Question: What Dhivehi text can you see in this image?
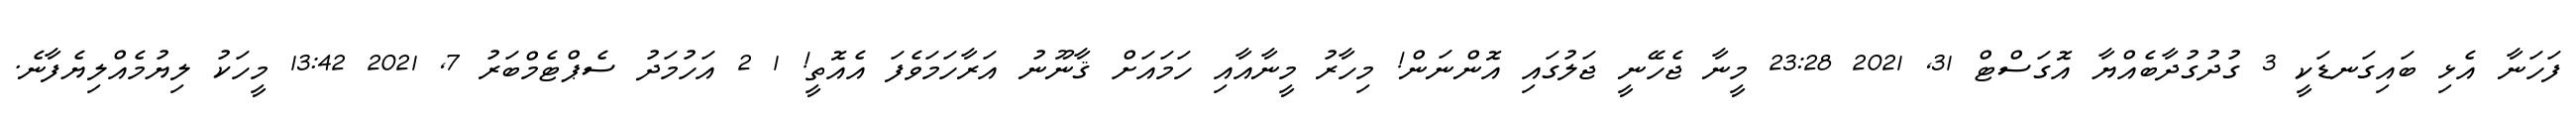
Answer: ފަހަނާ އެޅި ބައިގަނޑަކީ 3 ގުދުގުދާބެއްޔާ އޮގަސްޓް 31, 2021 23:28 މީނާ ޖެހޭނީ ޖަލުގައި އޮންނަން! މިހާރު މީނާއާއި ހަމައަށް ޤާނޫނު އަރާހަމަވެފަ އެއޮތީ! 1 2 އަހުމަދު ސެޕްޓެމްބަރު 7, 2021 13:42 މީހަކު ލިޔުމެއްލިޔެފާނެ.